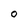
Character: O